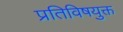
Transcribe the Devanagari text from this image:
प्रतिविषयुक्त